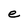
Character: e